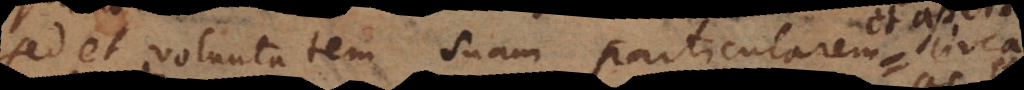
sed et voluntatem suam particularem circa